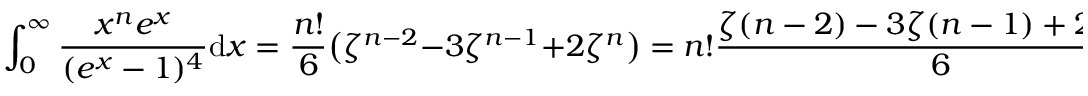
\int _ { 0 } ^ { \infty } { \frac { x ^ { n } e ^ { x } } { ( e ^ { x } - 1 ) ^ { 4 } } } \mathrm { d } x = { \frac { n ! } { 6 } } { \bigl ( } \zeta ^ { n - 2 } - 3 \zeta ^ { n - 1 } + 2 \zeta ^ { n } { \bigr ) } = n ! { \frac { \zeta ( n - 2 ) - 3 \zeta ( n - 1 ) + 2 \zeta ( n ) } { 6 } } .